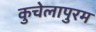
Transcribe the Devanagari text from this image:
कुचेलापुरम